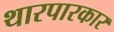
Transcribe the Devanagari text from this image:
थारपारकार